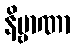
နိဗ္ဗာဏာ